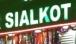
sialkot